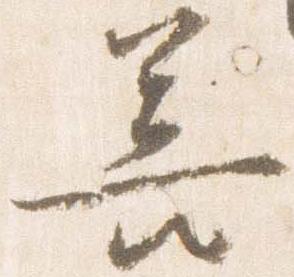
善